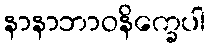
နာနာဘာဝနိက္ခေပါ